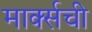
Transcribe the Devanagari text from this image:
मार्क्‍सची